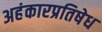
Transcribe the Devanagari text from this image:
अहंकारप्रतिषेध